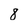
Character: 8